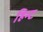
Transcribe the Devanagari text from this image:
हिन्ट